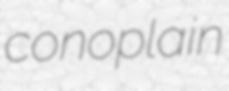
conoplain